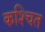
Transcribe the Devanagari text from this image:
कश्चित